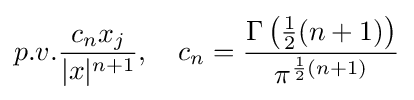
p.v.{\frac {c_{n}x_{j}}{|x|^{n+1}}},\quad c_{n}={\frac {\Gamma \left({\frac {1}{2}}(n+1)\right)}{\pi ^{{\frac {1}{2}}(n+1)}}}